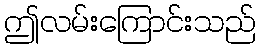
ဤလမ်းကြောင်းသည်